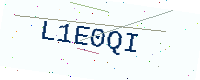
Text: L1E0QI